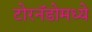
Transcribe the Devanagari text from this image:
टोरनॅडोमध्ये